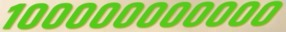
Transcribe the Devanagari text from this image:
१०००००००००००